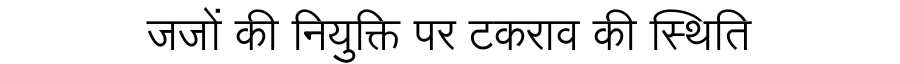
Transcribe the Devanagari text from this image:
जजों की नियुक्ति पर टकराव की स्थिति